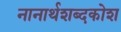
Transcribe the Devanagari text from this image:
नानार्थशब्दकोश